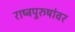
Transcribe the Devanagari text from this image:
राष्ट्रपुरुषांवर